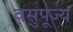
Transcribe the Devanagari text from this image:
वसुपूज्य